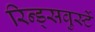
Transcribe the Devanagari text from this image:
रिन्ड्सवुर्स्टे